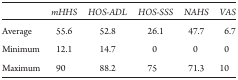
<table><thead><tr><td></td><td><b>mHHS</b></td><td><b>HOS-ADL</b></td><td><b>HOS-SSS</b></td><td><b>NAHS</b></td><td><b>VAS</b></td></tr></thead><tbody><tr><td>Average</td><td>55.6</td><td>52.8</td><td>26.1</td><td>47.7</td><td>6.7</td></tr><tr><td>Minimum</td><td>12.1</td><td>14.7</td><td>0</td><td>0</td><td>0</td></tr><tr><td>Maximum</td><td>90</td><td>88.2</td><td>75</td><td>71.3</td><td>10</td></tr></tbody></table>